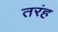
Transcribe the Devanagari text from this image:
तरंह